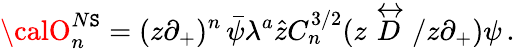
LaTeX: {\calO}_{n}^{N\mathtt{S}}=(z\partial_{+})^{n}\, \bar{{\psi}}\lambda^{a}\hat{{z}}C_{n}^{3/2}(z\stackrel{\leftrightarrow}{D}/z\partial_{+})\psi\, .